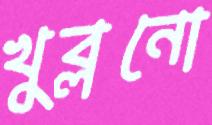
খুব্‌লনো